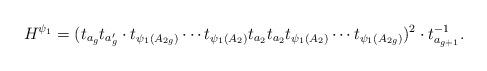
LaTeX: \begin{align*}H^{\psi_1}=(t_{a_g}t_{a_g^\prime} \cdot t_{\psi_1(A_{2g})}\cdots t_{\psi_1(A_2)}t_{a_2}t_{a_2}t_{\psi_1(A_2)}\cdots t_{\psi_1(A_{2g})})^2 \cdot t_{a_{g+1}}^{-1}. \end{align*}